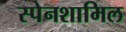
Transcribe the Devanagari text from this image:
स्पेनशामिल